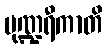
ပုဏ္ဍရီကာတိ